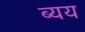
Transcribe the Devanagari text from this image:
ब्यय